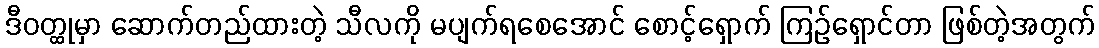
ဒီဝတ္ထုမှာ ဆောက်တည်ထားတဲ့ သီလကို မပျက်ရစေအောင် စောင့်ရှောက် ကြဉ်ရှောင်တာ ဖြစ်တဲ့အတွက်